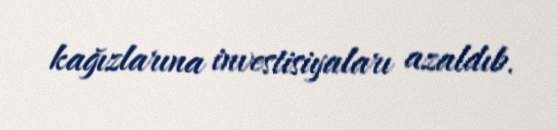
kağızlarına investisiyaları azaldıb.